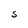
Character: S